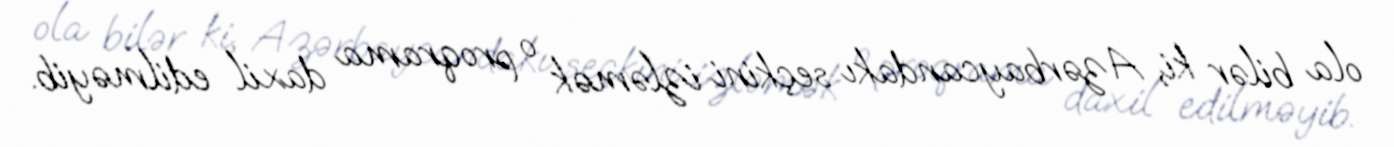
ola bilər ki, Azərbaycandakı seçkini izləmək o proqrama daxil edilməyib.